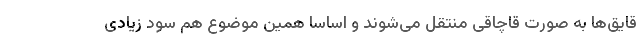
قایق‌ها به صورت قاچاقی منتقل می‌شوند و اساسا همین موضوع هم سود زیادی